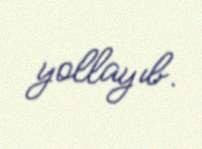
yollayıb.